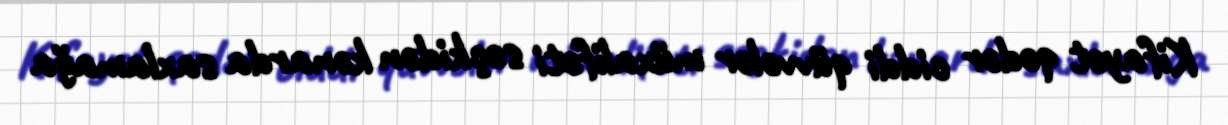
Kifayət qədər ciddi qüvvələr müxalifəti seçkidən kənarda saxlamağa